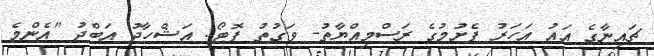
ޗައިނާގެ އައު އަހަރު ފެށުމުގެ ރަސްމިއްޔާތު- ވަގުތު ފޮޓޯ: އަޝްހާދު އަބްދު "އެންމެ